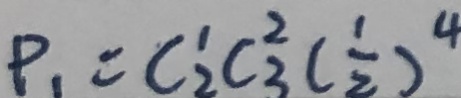
P _ { 1 } = C ^ { 1 } _ { 2 } C _ { 3 } ^ { 2 } ( \frac { 1 } { 2 } ) ^ { 4 }